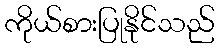
ကိုယ်စားပြုနိုင်သည်